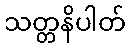
သတ္တနိပါတ်